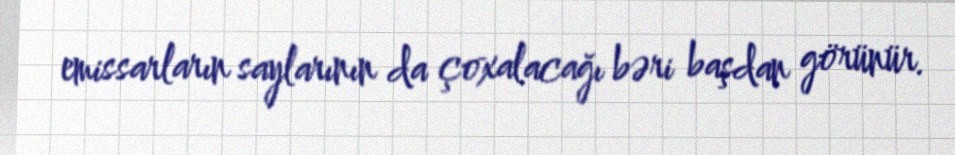
emissarların saylarının da çoxalacağı bəri başdan görünür.